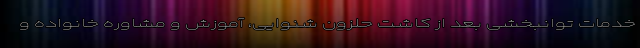
خدمات توانبخشی بعد از کاشت حلزون شنوایی، آموزش و مشاوره خانواده و